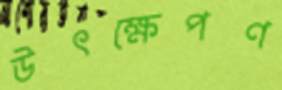
উৎক্ষেপণ